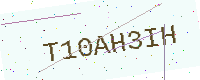
Text: T10AH3IH